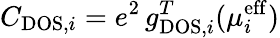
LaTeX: C_{\mathrm{DOS},i}=e^{2}\, g_{\mathrm{DOS},i}^{T}(\mu_{i}^{\mathrm{eff}})